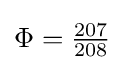
{\textstyle \Phi ={\frac {207}{208}}}